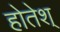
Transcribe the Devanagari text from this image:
होतेश्